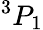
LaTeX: ^{3}P_{1}